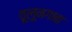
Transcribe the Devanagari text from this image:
वूलूनगाबा